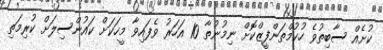
ކުށެއް ސާބިތުވެ ހުކުމްތަންފީޒްކޮށް ނިމުނުތާ 10 އަހަރު ވެފައިވާ މީހަކަށް ކައުންސިލަށް ކުރިމަތި